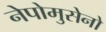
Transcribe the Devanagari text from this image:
नेपोमुसेनो